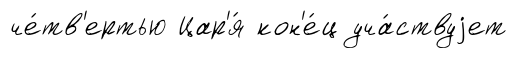
че́тв'ертью Цар'я́ кон'е́ц уча́ствуjет